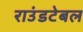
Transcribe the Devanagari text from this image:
राउंडटेबल